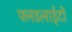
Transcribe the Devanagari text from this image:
फ्लडलाईटों